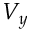
V _ { y }